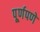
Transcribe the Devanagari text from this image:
पूूर्णपणे